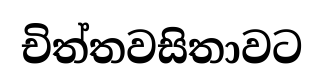
චිත්තවසිතාවට